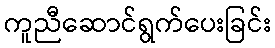
ကူညီဆောင်ရွက်ပေးခြင်း